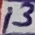
Text: 13